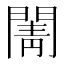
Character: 𮤒